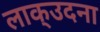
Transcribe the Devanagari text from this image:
लाक्उदना